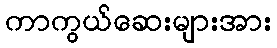
ကာကွယ်ဆေးများအား